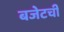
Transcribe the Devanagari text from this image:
बजेटची